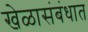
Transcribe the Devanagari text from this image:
खेळासंबंधात